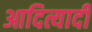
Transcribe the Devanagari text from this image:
आदित्यादी